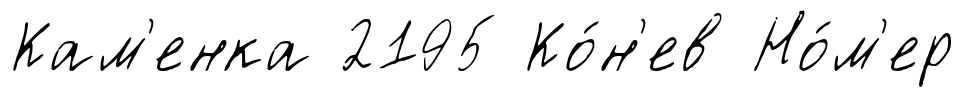
Кам'енка 2195 Ко́н'ев Но́м'ер